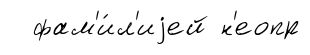
фам'и́л'иjей н'еопр